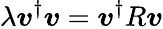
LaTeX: \lambda\boldsymbol{v}^{\dagger}\boldsymbol{v}=\boldsymbol{v}^{\dagger}R\boldsymbol{v}